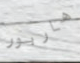
هاربور